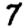
Digit: 7